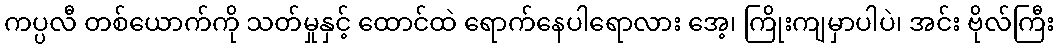
ကပ္ပလီ တစ်ယောက်ကို သတ်မှုနှင့် ထောင်ထဲ ရောက်နေပါရောလား အေ့၊ ကြိုးကျမှာပါပဲ၊ အင်း ဗိုလ်ကြီး